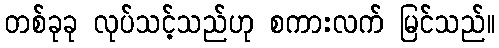
တစ်ခုခု လုပ်သင့်သည်ဟု စကားလက် မြင်သည်။